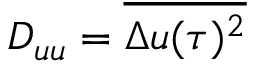
D _ { u u } = \overline { { \Delta u ( \tau ) ^ { 2 } } }